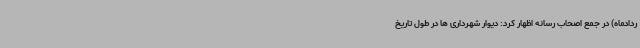
ردادماه) در جمع اصحاب رسانه اظهار کرد: دیوار شهرداری ها در طول تاریخ